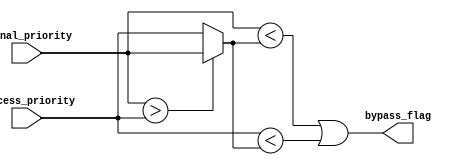
module Priority_Bypass_Register(
    input wire [7:0] signal_priority,
    input wire [7:0] process_priority,
    output wire bypass_flag
);

reg [7:0] priority_levels;

always @ (signal_priority or process_priority)
begin
    if (signal_priority > process_priority)
        priority_levels <= signal_priority;
    else
        priority_levels <= process_priority;
end

assign bypass_flag = (signal_priority < priority_levels) || (process_priority < priority_levels);

endmodule